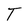
Character: T